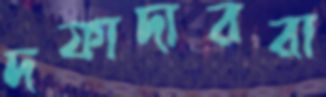
দফাদাররা